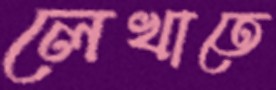
লেখাতে